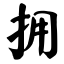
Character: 拥